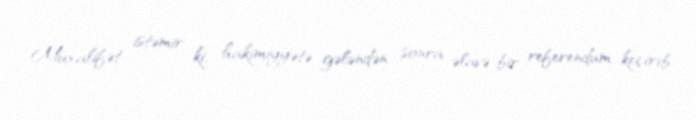
Müxalifət istəmir ki, hakimiyyətə gələndən sonra əlavə bir referendum keçirib